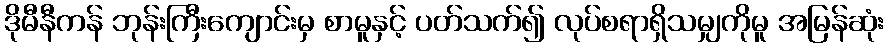
ဒိုမီနီကန် ဘုန်းကြီးကျောင်းမှ စာမူနှင့် ပတ်သက်၍ လုပ်စရာရှိသမျှကိုမူ အမြန်ဆုံး